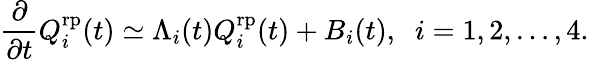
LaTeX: \frac{\partial}{\partial t}Q_{i}^{\mathrm{rp}}(t)\simeq\Lambda_{i}(t)Q_{i}^{\mathrm{rp}}(t)+B_{i}(t),\; \; i=1,2,\ldots,4.